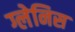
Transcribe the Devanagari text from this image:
ग्लेनिस